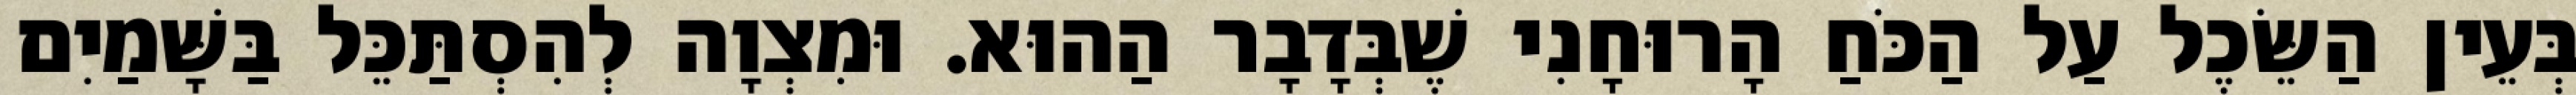
בְּעֵין הַשֵּׂכֶל עַל הַכֹּחַ הָרוּחָנִי שֶׁבְּדָבָר הַהוּא. וּמִצְוָה לְהִסְתַּכֵּל בַּשָּׁמַיִם